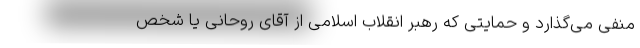
منفی می‌گذارد و حمایتی که رهبر انقلاب اسلامی از آقای روحانی یا شخص